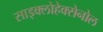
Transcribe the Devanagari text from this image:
साइक्लोहेक्सेनोल